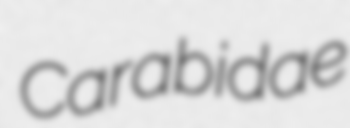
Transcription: Carabidae